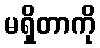
မရှိတာကို